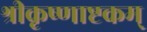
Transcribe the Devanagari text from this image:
श्रीकृष्णाष्टकम्